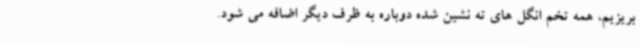
بریزیم، همه تخم انگل های ته نشین شده دوباره به ظرف دیگر اضافه می شود.